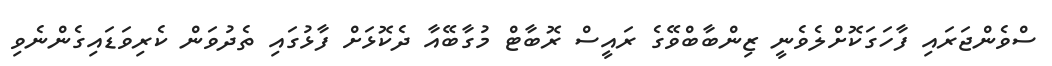
ސްވެންޖަރައި ފާހަގަކޮށްލެވެނީ ޒިންބާބްވޭގެ ރައީސް ރޮބާޓް މުގާބޭއާ ދެކޮޅަށް ފާޅުގައި ތެދުވަން ކެރިވަޑައިގެންނެވި